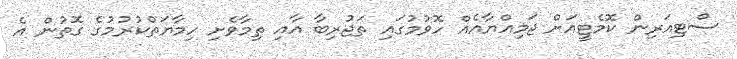
ސްޓިއަރިން ކޮމެޓީއަށް ޖަމިއްޔާއެއް ހޮވުމުގައި ތަޖުރިބާ އާއި ތިމާވެށި ހިމާޔަތްކުރުމުގެ ގޮތުން އެ